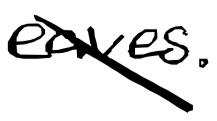
Text: eaves.
Cross-out: diagonal
Writing tool: digital_black